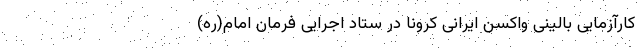
کارآزمایی بالینی واکسن ایرانی کرونا در ستاد اجرایی فرمان امام(ره)